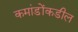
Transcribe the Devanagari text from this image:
कमांडोंकडील